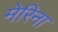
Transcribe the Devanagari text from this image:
मेरिना